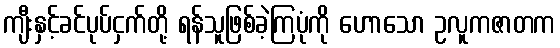
ကျီးနှင့်ခင်ပုပ်ငှက်တို့ ရန်သူဖြစ်ခဲ့ကြပုံကို ဟောသော ဥလူကဇာတက